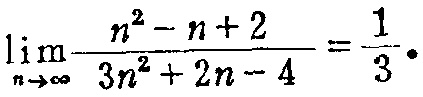
\(\lim_{n \to \infty} \frac{n^{2}-n + 2}{3n^{2}+2n - 4}=\frac{1}{3}\)